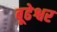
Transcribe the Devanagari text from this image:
बूढेश्वर